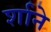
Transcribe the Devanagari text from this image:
र्शाने